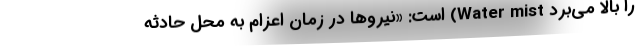
را بالا می‌برد Water mist) است: «نیروها در زمان اعزام به محل حادثه